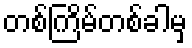
တစ်ကြိမ်တစ်ခါမှ